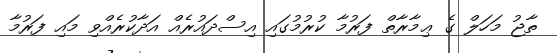
ތާޖު މަހަލް ގެ ޢިމާރާތް ފަރުމާ ކުރުމުގައި އިސްދައުރެއް އަދާކުރެއްވި މައި ފަރުމާ